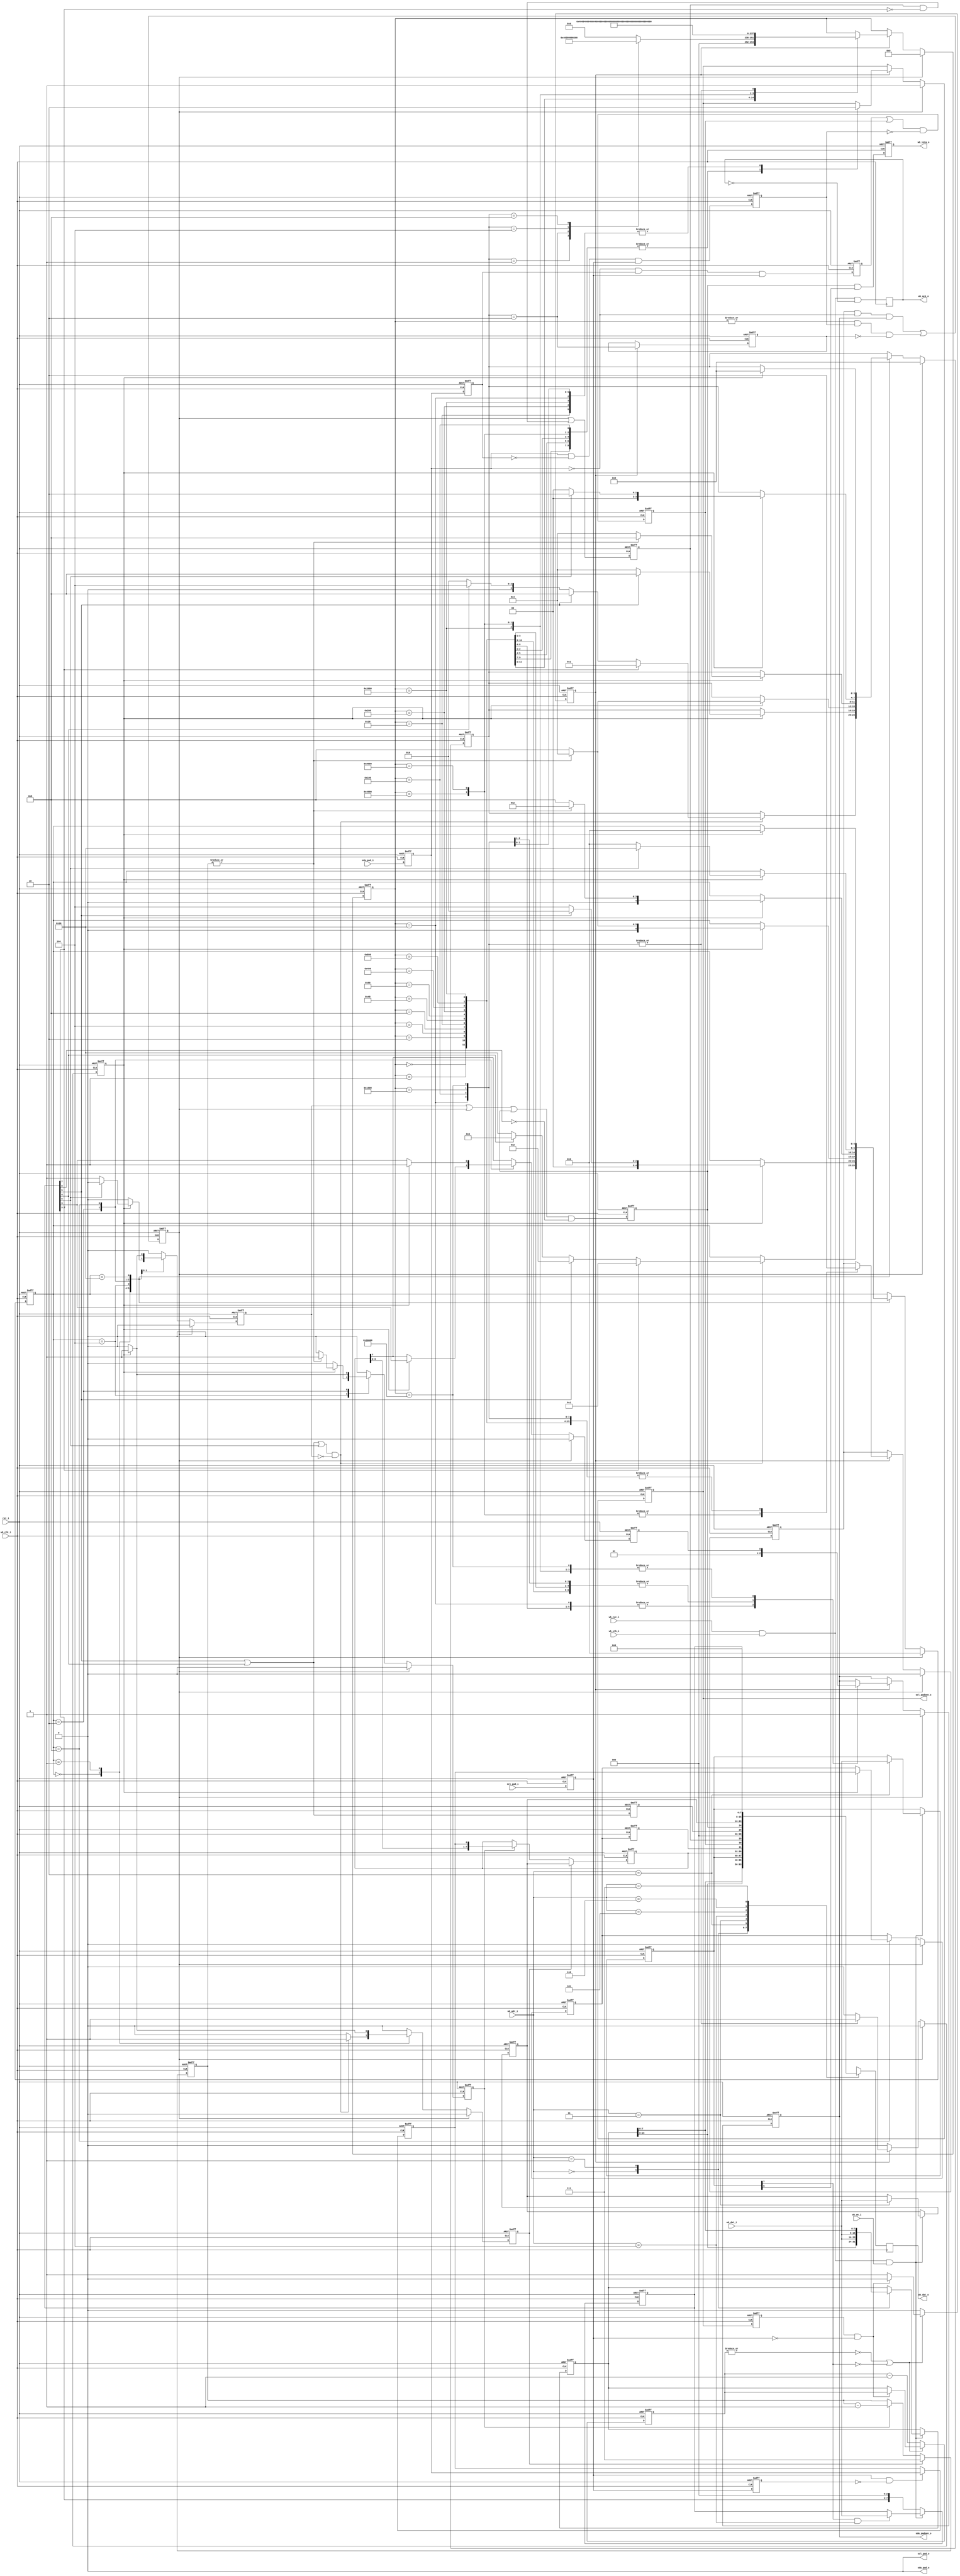
module i2c_master_top(
        wb_clk_i,
        rst_i,
        wb_adr_i,
        wb_dat_i,
        wb_dat_o,
        wb_we_i,
        wb_stb_i,
        wb_cyc_i,
        wb_ack_o,
        wb_inta_o,
        scl_pad_i,
        scl_pad_o,
        scl_padoen_o,
        sda_pad_i,
        sda_pad_o,
        sda_padoen_o
    );
    parameter [4:0]byte_controller_ST_IDLE  = 5'b0_0000;
    parameter [4:0]byte_controller_ST_START  = 5'b0_0001;
    parameter [4:0]byte_controller_ST_READ  = 5'b0_0010;
    parameter [4:0]byte_controller_ST_WRITE  = 5'b0_0100;
    parameter [4:0]byte_controller_ST_ACK  = 5'b0_1000;
    parameter [4:0]byte_controller_ST_STOP  = 5'b1_0000;
    parameter [16:0]byte_controller_bit_controller_idle  = 17'b0_0000_0000_0000_0000;
    parameter [16:0]byte_controller_bit_controller_start_a  = 17'b0_0000_0000_0000_0001;
    parameter [16:0]byte_controller_bit_controller_start_b  = 17'b0_0000_0000_0000_0010;
    parameter [16:0]byte_controller_bit_controller_start_c  = 17'b0_0000_0000_0000_0100;
    parameter [16:0]byte_controller_bit_controller_start_d  = 17'b0_0000_0000_0000_1000;
    parameter [16:0]byte_controller_bit_controller_start_e  = 17'b0_0000_0000_0001_0000;
    parameter [16:0]byte_controller_bit_controller_stop_a  = 17'b0_0000_0000_0010_0000;
    parameter [16:0]byte_controller_bit_controller_stop_b  = 17'b0_0000_0000_0100_0000;
    parameter [16:0]byte_controller_bit_controller_stop_c  = 17'b0_0000_0000_1000_0000;
    parameter [16:0]byte_controller_bit_controller_stop_d  = 17'b0_0000_0001_0000_0000;
    parameter [16:0]byte_controller_bit_controller_rd_a  = 17'b0_0000_0010_0000_0000;
    parameter [16:0]byte_controller_bit_controller_rd_b  = 17'b0_0000_0100_0000_0000;
    parameter [16:0]byte_controller_bit_controller_rd_c  = 17'b0_0000_1000_0000_0000;
    parameter [16:0]byte_controller_bit_controller_rd_d  = 17'b0_0001_0000_0000_0000;
    parameter [16:0]byte_controller_bit_controller_wr_a  = 17'b0_0010_0000_0000_0000;
    parameter [16:0]byte_controller_bit_controller_wr_b  = 17'b0_0100_0000_0000_0000;
    parameter [16:0]byte_controller_bit_controller_wr_c  = 17'b0_1000_0000_0000_0000;
    parameter [16:0]byte_controller_bit_controller_wr_d  = 17'b1_0000_0000_0000_0000;
    input wb_clk_i;
    input rst_i;
    input [2:0]wb_adr_i;
    input [7:0]wb_dat_i;
    output [7:0]wb_dat_o;
    input wb_we_i;
    input wb_stb_i;
    input wb_cyc_i;
    output wb_ack_o;
    output wb_inta_o;
    input scl_pad_i;
    output scl_pad_o;
    output scl_padoen_o;
    input sda_pad_i;
    output sda_pad_o;
    output sda_padoen_o;
    reg [7:0]wb_dat_o;
    reg wb_ack_o;
    reg wb_inta_o;
    reg [15:0]prer;
    reg [7:0]ctr;
    reg [7:0]txr;
    reg [7:0]cr;
    reg rxack;
    reg tip;
    reg irq_flag;
    wire i2c_busy;
    reg al;
    wire wb_wacc = ( ( wb_cyc_i & wb_stb_i ) & wb_we_i );
    wire sta = cr[7];
    wire sto = cr[6];
    wire rd = cr[5];
    wire wr = cr[4];
    wire ack = cr[3];
    wire iack = cr[0];
    wire [7:0]byte_controller_dout;
    wire byte_controller_i2c_busy;
    wire byte_controller_i2c_al;
    reg byte_controller_cmd_ack;
    reg byte_controller_ack_out;
    reg [3:0]byte_controller_core_cmd;
    reg byte_controller_core_txd;
    reg [7:0]byte_controller_sr;
    reg byte_controller_shift;
    reg byte_controller_ld;
    reg [2:0]byte_controller_dcnt;
    reg [4:0]byte_controller_c_state;
    reg byte_controller_target;
    wire byte_controller_bit_controller_scl_o;
    wire byte_controller_bit_controller_sda_o;
    reg byte_controller_bit_controller_cmd_ack;
    reg byte_controller_bit_controller_busy;
    reg byte_controller_bit_controller_al;
    reg byte_controller_bit_controller_dout;
    reg byte_controller_bit_controller_scl_oen;
    reg byte_controller_bit_controller_sda_oen;
    reg byte_controller_bit_controller_sSCL;
    reg byte_controller_bit_controller_sSDB;
    reg byte_controller_bit_controller_dscl_oen;
    reg byte_controller_bit_controller_sda_chk;
    reg byte_controller_bit_controller_clk_en;
    reg [15:0]byte_controller_bit_controller_cnt;
    reg [16:0]byte_controller_bit_controller_c_state;
    reg byte_controller_bit_controller_dSCL;
    reg byte_controller_bit_controller_dSDA;
    reg byte_controller_bit_controller_sta_condition;
    reg byte_controller_bit_controller_sto_condition;
    reg byte_controller_bit_controller_cmd_stop;
    always @ (  posedge wb_clk_i)
    begin
        wb_ack_o <= #1 ( ( wb_cyc_i & wb_stb_i ) &  ~( wb_ack_o) );
    end
    always @ (  posedge wb_clk_i)
    begin
        case ( wb_adr_i ) 
        3'b000:
        begin
            wb_dat_o <= #1 prer[7:0];
        end
        3'b001:
        begin
            wb_dat_o <= #1 prer[15:8];
        end
        3'b010:
        begin
            wb_dat_o <= #1 ctr;
        end
        3'b011:
        begin
            wb_dat_o <= #1 byte_controller_dout;
        end
        3'b100:
        begin
            wb_dat_o <= #1 { rxack, i2c_busy, al, 3'h0, tip, irq_flag };
        end
        3'b101:
        begin
            wb_dat_o <= #1 txr;
        end
        3'b110:
        begin
            wb_dat_o <= #1 cr;
        end
        3'b111:
        begin
            wb_dat_o <= #1 0;
        end
        endcase
    end
    always @ (  posedge wb_clk_i or  negedge rst_i)
    begin
        if (  !( rst_i) ) 
        begin
            prer <= #1 16'hffff;
            ctr <= #1 8'h0;
            txr <= #1 8'h0;
        end
        else
        begin 
            if ( wb_wacc ) 
            begin
                case ( wb_adr_i ) 
                3'b000:
                begin
                    prer <= #1 { prer[15:8], wb_dat_i };
                end
                3'b001:
                begin
                    prer <= #1 { wb_dat_i, prer[7:0] };
                end
                3'b010:
                begin
                    ctr <= #1 wb_dat_i;
                end
                3'b011:
                begin
                    txr <= #1 wb_dat_i;
                end
                endcase
            end
        end
    end
    always @ (  posedge wb_clk_i or  negedge rst_i)
    begin
        if (  ~( rst_i) ) 
        begin
            cr <= #1 8'h0;
        end
        else
        begin 
            if ( wb_wacc ) 
            begin
                if ( ctr[7] & ( wb_adr_i == 3'b100 ) ) 
                begin
                    cr <= #1 wb_dat_i;
                end
            end
            else
            begin 
                if ( byte_controller_cmd_ack | byte_controller_i2c_al ) 
                begin
                    cr <= #1 { 4'h0, cr[3:0] };
                end
                cr <= #1 { cr[7:3], 3'b0 };
            end
        end
    end
    always @ (  posedge wb_clk_i or  negedge rst_i)
    begin
        if (  !( rst_i) ) 
        begin
            al <= #1 1'b0;
            rxack <= #1 1'b0;
            tip <= #1 1'b0;
            irq_flag <= #1 1'b0;
        end
        else
        begin 
            al <= #1 ( byte_controller_i2c_al | ( al &  ~( sta) ) );
            rxack <= #1 byte_controller_ack_out;
            tip <= #1 ( rd | wr );
            irq_flag <= #1 ( ( ( byte_controller_cmd_ack | byte_controller_i2c_al ) | irq_flag ) &  ~( iack) );
        end
    end
    always @ (  posedge wb_clk_i or  negedge rst_i)
    begin
        if (  !( rst_i) ) 
        begin
            wb_inta_o <= #1 1'b0;
        end
        else
        begin 
            wb_inta_o <= #1 ( irq_flag && ctr[6] );
        end
    end
    assign i2c_busy = byte_controller_bit_controller_busy;
    assign scl_pad_o = 1'b0;
    assign scl_padoen_o = byte_controller_bit_controller_scl_oen;
    assign sda_pad_o = 1'b0;
    assign sda_padoen_o = byte_controller_bit_controller_sda_oen;
    assign byte_controller_i2c_busy = byte_controller_bit_controller_busy;
    assign byte_controller_i2c_al = byte_controller_bit_controller_al;
    always @ (  posedge wb_clk_i or  negedge rst_i)
    begin
        if (  ~( rst_i) ) 
        begin
            byte_controller_bit_controller_dscl_oen <= 1'b0;
        end
        else
        begin 
            byte_controller_bit_controller_dscl_oen <= byte_controller_bit_controller_scl_oen;
        end
    end
    always @ (  posedge wb_clk_i or  negedge rst_i)
    begin
        if (  ~( rst_i) ) 
        begin
            byte_controller_bit_controller_cnt <= 16'h0;
            byte_controller_bit_controller_clk_en <= 1'b1;
        end
        else
        begin 
            if (  ~|( byte_controller_bit_controller_cnt) ||  ~( ctr[7]) ) 
            begin
                if (  ~( ( byte_controller_bit_controller_dscl_oen &&  !( byte_controller_bit_controller_sSCL) )) ) 
                begin
                    byte_controller_bit_controller_cnt <= prer;
                    byte_controller_bit_controller_clk_en <= 1'b1;
                end
                else
                begin 
                    byte_controller_bit_controller_cnt <= byte_controller_bit_controller_cnt;
                    byte_controller_bit_controller_clk_en <= 1'b0;
                end
            end
            else
            begin 
                byte_controller_bit_controller_cnt <= ( byte_controller_bit_controller_cnt - 16'h1 );
                byte_controller_bit_controller_clk_en <= 1'b0;
            end
        end
    end
    always @ (  posedge wb_clk_i or  negedge rst_i)
    begin
        if (  ~( rst_i) ) 
        begin
            byte_controller_bit_controller_sSCL <= 1'b1;
            byte_controller_bit_controller_sSDB <= 1'b1;
            byte_controller_bit_controller_dSCL <= 1'b1;
            byte_controller_bit_controller_dSDA <= 1'b1;
        end
        else
        begin 
            byte_controller_bit_controller_sSCL <= scl_pad_i;
            byte_controller_bit_controller_sSDB <= sda_pad_i;
            byte_controller_bit_controller_dSCL <= byte_controller_bit_controller_sSCL;
            byte_controller_bit_controller_dSDA <= byte_controller_bit_controller_sSDB;
        end
    end
    always @ (  posedge wb_clk_i or  negedge rst_i)
    begin
        if (  ~( rst_i) ) 
        begin
            byte_controller_bit_controller_sta_condition <= 1'b0;
            byte_controller_bit_controller_sto_condition <= 1'b0;
        end
        else
        begin 
            byte_controller_bit_controller_sta_condition <= ( (  ~( byte_controller_bit_controller_sSDB) & byte_controller_bit_controller_dSDA ) & byte_controller_bit_controller_sSCL );
            byte_controller_bit_controller_sto_condition <= ( ( byte_controller_bit_controller_sSDB &  ~( byte_controller_bit_controller_dSDA) ) & byte_controller_bit_controller_sSCL );
        end
    end
    always @ (  posedge wb_clk_i or  negedge rst_i)
    begin
        if (  !( rst_i) ) 
        begin
            byte_controller_bit_controller_busy <= 1'b0;
        end
        else
        begin 
            byte_controller_bit_controller_busy <= ( ( byte_controller_bit_controller_sta_condition | byte_controller_bit_controller_busy ) &  ~( byte_controller_bit_controller_sto_condition) );
        end
    end
    always @ (  posedge wb_clk_i or  negedge rst_i)
    begin
        if (  ~( rst_i) ) 
        begin
            byte_controller_bit_controller_cmd_stop <= 1'b0;
        end
        else
        begin 
            if ( byte_controller_bit_controller_clk_en ) 
            begin
                byte_controller_bit_controller_cmd_stop <= ( byte_controller_core_cmd == 4'b0010 );
            end
        end
    end
    always @ (  posedge wb_clk_i or  negedge rst_i)
    begin
        if (  ~( rst_i) ) 
        begin
            byte_controller_bit_controller_al <= 1'b0;
        end
        else
        begin 
            byte_controller_bit_controller_al <= ( ( ( byte_controller_bit_controller_sda_chk &  ~( byte_controller_bit_controller_sSDB) ) & byte_controller_bit_controller_sda_oen ) | ( (  |( byte_controller_bit_controller_c_state) & byte_controller_bit_controller_sto_condition ) &  ~( byte_controller_bit_controller_cmd_stop) ) );
        end
    end
    always @ (  posedge wb_clk_i or  negedge rst_i)
    begin
        if (  ~( rst_i) ) 
        begin
            byte_controller_bit_controller_dout <= 1'b0;
        end
        else
        begin 
            if ( byte_controller_bit_controller_sSCL &  ~( byte_controller_bit_controller_dSCL) ) 
            begin
                byte_controller_bit_controller_dout <= byte_controller_bit_controller_sSDB;
            end
        end
    end
    always @ (  posedge wb_clk_i or  negedge rst_i)
    begin
        if (  !( rst_i) ) 
        begin
            byte_controller_bit_controller_c_state <= byte_controller_bit_controller_idle;
            byte_controller_bit_controller_cmd_ack <= 1'b0;
            byte_controller_bit_controller_scl_oen <= 1'b1;
            byte_controller_bit_controller_sda_oen <= 1'b1;
            byte_controller_bit_controller_sda_chk <= 1'b0;
        end
        else
        begin 
            if ( byte_controller_bit_controller_al ) 
            begin
                byte_controller_bit_controller_c_state <= byte_controller_bit_controller_idle;
                byte_controller_bit_controller_cmd_ack <= 1'b0;
                byte_controller_bit_controller_scl_oen <= 1'b1;
                byte_controller_bit_controller_sda_oen <= 1'b1;
                byte_controller_bit_controller_sda_chk <= 1'b0;
            end
            else
            begin 
                byte_controller_bit_controller_cmd_ack <= 1'b0;
                if ( byte_controller_bit_controller_clk_en ) 
                begin
                    case ( byte_controller_bit_controller_c_state ) 
                    byte_controller_bit_controller_idle:
                    begin
                        case ( byte_controller_core_cmd ) 
                        4'b0001:
                        begin
                            byte_controller_bit_controller_c_state <= byte_controller_bit_controller_start_a;
                        end
                        4'b0010:
                        begin
                            byte_controller_bit_controller_c_state <= byte_controller_bit_controller_stop_a;
                        end
                        4'b0100:
                        begin
                            byte_controller_bit_controller_c_state <= byte_controller_bit_controller_wr_a;
                        end
                        4'b1000:
                        begin
                            byte_controller_bit_controller_c_state <= byte_controller_bit_controller_rd_a;
                        end
                        default :
                        begin
                            byte_controller_bit_controller_c_state <= byte_controller_bit_controller_idle;
                        end
                        endcase
                        byte_controller_bit_controller_scl_oen <= byte_controller_bit_controller_scl_oen;
                        byte_controller_bit_controller_sda_oen <= byte_controller_bit_controller_sda_oen;
                        byte_controller_bit_controller_sda_chk <= 1'b0;
                    end
                    byte_controller_bit_controller_start_a:
                    begin
                        byte_controller_bit_controller_c_state <= byte_controller_bit_controller_start_b;
                        byte_controller_bit_controller_scl_oen <= byte_controller_bit_controller_scl_oen;
                        byte_controller_bit_controller_sda_oen <= 1'b1;
                        byte_controller_bit_controller_sda_chk <= 1'b0;
                    end
                    byte_controller_bit_controller_start_b:
                    begin
                        byte_controller_bit_controller_c_state <= byte_controller_bit_controller_start_c;
                        byte_controller_bit_controller_scl_oen <= 1'b1;
                        byte_controller_bit_controller_sda_oen <= 1'b1;
                        byte_controller_bit_controller_sda_chk <= 1'b0;
                    end
                    byte_controller_bit_controller_start_c:
                    begin
                        byte_controller_bit_controller_c_state <= byte_controller_bit_controller_start_d;
                        byte_controller_bit_controller_scl_oen <= 1'b1;
                        byte_controller_bit_controller_sda_oen <= 1'b0;
                        byte_controller_bit_controller_sda_chk <= 1'b0;
                    end
                    byte_controller_bit_controller_start_d:
                    begin
                        byte_controller_bit_controller_c_state <= byte_controller_bit_controller_start_e;
                        byte_controller_bit_controller_scl_oen <= 1'b1;
                        byte_controller_bit_controller_sda_oen <= 1'b0;
                        byte_controller_bit_controller_sda_chk <= 1'b0;
                    end
                    byte_controller_bit_controller_start_e:
                    begin
                        byte_controller_bit_controller_c_state <= byte_controller_bit_controller_idle;
                        byte_controller_bit_controller_cmd_ack <= 1'b1;
                        byte_controller_bit_controller_scl_oen <= 1'b0;
                        byte_controller_bit_controller_sda_oen <= 1'b0;
                        byte_controller_bit_controller_sda_chk <= 1'b0;
                    end
                    byte_controller_bit_controller_stop_a:
                    begin
                        byte_controller_bit_controller_c_state <= byte_controller_bit_controller_stop_b;
                        byte_controller_bit_controller_scl_oen <= 1'b0;
                        byte_controller_bit_controller_sda_oen <= 1'b0;
                        byte_controller_bit_controller_sda_chk <= 1'b0;
                    end
                    byte_controller_bit_controller_stop_b:
                    begin
                        byte_controller_bit_controller_c_state <= byte_controller_bit_controller_stop_c;
                        byte_controller_bit_controller_scl_oen <= 1'b1;
                        byte_controller_bit_controller_sda_oen <= 1'b0;
                        byte_controller_bit_controller_sda_chk <= 1'b0;
                    end
                    byte_controller_bit_controller_stop_c:
                    begin
                        byte_controller_bit_controller_c_state <= byte_controller_bit_controller_stop_d;
                        byte_controller_bit_controller_scl_oen <= 1'b1;
                        byte_controller_bit_controller_sda_oen <= 1'b0;
                        byte_controller_bit_controller_sda_chk <= 1'b0;
                    end
                    byte_controller_bit_controller_stop_d:
                    begin
                        byte_controller_bit_controller_c_state <= byte_controller_bit_controller_idle;
                        byte_controller_bit_controller_cmd_ack <= 1'b1;
                        byte_controller_bit_controller_scl_oen <= 1'b1;
                        byte_controller_bit_controller_sda_oen <= 1'b1;
                        byte_controller_bit_controller_sda_chk <= 1'b0;
                    end
                    byte_controller_bit_controller_rd_a:
                    begin
                        byte_controller_bit_controller_c_state <= byte_controller_bit_controller_rd_b;
                        byte_controller_bit_controller_scl_oen <= 1'b0;
                        byte_controller_bit_controller_sda_oen <= 1'b1;
                        byte_controller_bit_controller_sda_chk <= 1'b0;
                    end
                    byte_controller_bit_controller_rd_b:
                    begin
                        byte_controller_bit_controller_c_state <= byte_controller_bit_controller_rd_c;
                        byte_controller_bit_controller_scl_oen <= 1'b1;
                        byte_controller_bit_controller_sda_oen <= 1'b1;
                        byte_controller_bit_controller_sda_chk <= 1'b0;
                    end
                    byte_controller_bit_controller_rd_c:
                    begin
                        byte_controller_bit_controller_c_state <= byte_controller_bit_controller_rd_d;
                        byte_controller_bit_controller_scl_oen <= 1'b1;
                        byte_controller_bit_controller_sda_oen <= 1'b1;
                        byte_controller_bit_controller_sda_chk <= 1'b0;
                    end
                    byte_controller_bit_controller_rd_d:
                    begin
                        byte_controller_bit_controller_c_state <= byte_controller_bit_controller_idle;
                        byte_controller_bit_controller_cmd_ack <= 1'b1;
                        byte_controller_bit_controller_scl_oen <= 1'b0;
                        byte_controller_bit_controller_sda_oen <= 1'b1;
                        byte_controller_bit_controller_sda_chk <= 1'b0;
                    end
                    byte_controller_bit_controller_wr_a:
                    begin
                        byte_controller_bit_controller_c_state <= byte_controller_bit_controller_wr_b;
                        byte_controller_bit_controller_scl_oen <= 1'b0;
                        byte_controller_bit_controller_sda_oen <= byte_controller_core_txd;
                        byte_controller_bit_controller_sda_chk <= 1'b0;
                    end
                    byte_controller_bit_controller_wr_b:
                    begin
                        byte_controller_bit_controller_c_state <= byte_controller_bit_controller_wr_c;
                        byte_controller_bit_controller_scl_oen <= 1'b1;
                        byte_controller_bit_controller_sda_oen <= byte_controller_core_txd;
                        byte_controller_bit_controller_sda_chk <= 1'b1;
                    end
                    byte_controller_bit_controller_wr_c:
                    begin
                        byte_controller_bit_controller_c_state <= byte_controller_bit_controller_wr_d;
                        byte_controller_bit_controller_scl_oen <= 1'b1;
                        byte_controller_bit_controller_sda_oen <= byte_controller_core_txd;
                        byte_controller_bit_controller_sda_chk <= 1'b1;
                    end
                    byte_controller_bit_controller_wr_d:
                    begin
                        byte_controller_bit_controller_c_state <= byte_controller_bit_controller_idle;
                        byte_controller_bit_controller_cmd_ack <= 1'b1;
                        byte_controller_bit_controller_scl_oen <= 1'b0;
                        byte_controller_bit_controller_sda_oen <= byte_controller_core_txd;
                        byte_controller_bit_controller_sda_chk <= 1'b0;
                    end
                    endcase
                end
            end
        end
    end
    assign byte_controller_dout = byte_controller_sr;
    always @ (  posedge wb_clk_i or  negedge rst_i)
    begin
        if (  !( rst_i) ) 
        begin
            byte_controller_sr <= 8'h0;
        end
        else
        begin 
            if ( byte_controller_ld ) 
            begin
                byte_controller_sr <= txr;
            end
            else
            begin 
                if ( byte_controller_shift ) 
                begin
                    byte_controller_sr <= { byte_controller_sr[6:0], byte_controller_bit_controller_dout };
                end
            end
        end
    end
    always @ (  posedge wb_clk_i or  negedge rst_i)
    begin
        if (  !( rst_i) ) 
        begin
            byte_controller_dcnt <= 3'h0;
        end
        else
        begin 
            if ( byte_controller_ld ) 
            begin
                byte_controller_dcnt <= 3'h7;
            end
            else
            begin 
                if ( byte_controller_shift ) 
                begin
                    byte_controller_dcnt <= ( byte_controller_dcnt - 3'h1 );
                end
            end
        end
    end
    always @ (  posedge wb_clk_i or  negedge rst_i)
    begin
        if (  !( rst_i) ) 
        begin
            byte_controller_core_cmd <= 4'b0000;
            byte_controller_core_txd <= 1'b0;
            byte_controller_shift <= 1'b0;
            byte_controller_ld <= 1'b0;
            byte_controller_cmd_ack <= 1'b0;
            byte_controller_c_state <= byte_controller_ST_IDLE;
            byte_controller_ack_out <= 1'b0;
        end
        else
        begin 
            if ( byte_controller_bit_controller_al ) 
            begin
                byte_controller_core_cmd <= 4'b0000;
                byte_controller_core_txd <= 1'b0;
                byte_controller_shift <= 1'b0;
                byte_controller_ld <= 1'b0;
                byte_controller_cmd_ack <= 1'b0;
                byte_controller_c_state <= byte_controller_ST_IDLE;
                byte_controller_ack_out <= 1'b0;
            end
            else
            begin 
                byte_controller_core_txd <= byte_controller_sr[7];
                byte_controller_shift <= 1'b0;
                byte_controller_ld <= 1'b0;
                byte_controller_cmd_ack <= 1'b0;
                case ( byte_controller_c_state ) 
                byte_controller_ST_IDLE:
                begin
                    if ( ( ( rd | wr ) | sto ) &  ~( byte_controller_cmd_ack) ) 
                    begin
                        if ( sta ) 
                        begin
                            byte_controller_target <= 1;
                            byte_controller_c_state <= byte_controller_ST_START;
                            byte_controller_core_cmd <= 4'b0001;
                        end
                        else
                        begin 
                            if ( rd ) 
                            begin
                                byte_controller_c_state <= byte_controller_ST_READ;
                                byte_controller_core_cmd <= 4'b1000;
                            end
                            else
                            begin 
                                if ( wr ) 
                                begin
                                    byte_controller_c_state <= byte_controller_ST_WRITE;
                                    byte_controller_core_cmd <= 4'b0100;
                                end
                                else
                                begin 
                                    byte_controller_c_state <= byte_controller_ST_STOP;
                                    byte_controller_core_cmd <= 4'b0010;
                                end
                            end
                        end
                        byte_controller_ld <= 1'b1;
                    end
                end
                byte_controller_ST_START:
                begin
                    if ( byte_controller_bit_controller_cmd_ack ) 
                    begin
                        if ( rd ) 
                        begin
                            byte_controller_c_state <= byte_controller_ST_READ;
                            byte_controller_core_cmd <= 4'b1000;
                        end
                        else
                        begin 
                            byte_controller_c_state <= byte_controller_ST_WRITE;
                            byte_controller_core_cmd <= 4'b0100;
                        end
                        byte_controller_ld <= 1'b1;
                    end
                end
                byte_controller_ST_WRITE:
                begin
                    if ( byte_controller_bit_controller_cmd_ack ) 
                    begin
                        if (  ~(  |( byte_controller_dcnt)) ) 
                        begin
                            byte_controller_c_state <= byte_controller_ST_ACK;
                            byte_controller_core_cmd <= 4'b1000;
                        end
                        else
                        begin 
                            byte_controller_c_state <= byte_controller_ST_WRITE;
                            byte_controller_core_cmd <= 4'b0100;
                            byte_controller_shift <= 1'b1;
                        end
                    end
                end
                byte_controller_ST_READ:
                begin
                    if ( byte_controller_bit_controller_cmd_ack ) 
                    begin
                        if (  ~(  |( byte_controller_dcnt)) ) 
                        begin
                            byte_controller_c_state <= byte_controller_ST_ACK;
                            byte_controller_core_cmd <= 4'b0100;
                        end
                        else
                        begin 
                            byte_controller_c_state <= byte_controller_ST_READ;
                            byte_controller_core_cmd <= 4'b1000;
                        end
                        byte_controller_shift <= 1'b1;
                        byte_controller_core_txd <= ack;
                    end
                end
                byte_controller_ST_ACK:
                begin
                    if ( byte_controller_bit_controller_cmd_ack ) 
                    begin
                        if ( sto ) 
                        begin
                            byte_controller_c_state <= byte_controller_ST_STOP;
                            byte_controller_core_cmd <= 4'b0010;
                        end
                        else
                        begin 
                            byte_controller_c_state <= byte_controller_ST_IDLE;
                            byte_controller_core_cmd <= 4'b0000;
                            byte_controller_cmd_ack <= 1'b1;
                        end
                        byte_controller_ack_out <= byte_controller_bit_controller_dout;
                        byte_controller_core_txd <= 1'b1;
                    end
                    else
                    begin 
                        byte_controller_core_txd <= ack;
                    end
                end
                byte_controller_ST_STOP:
                begin
                    if ( byte_controller_bit_controller_cmd_ack ) 
                    begin
                        byte_controller_c_state <= byte_controller_ST_IDLE;
                        byte_controller_core_cmd <= 4'b0000;
                        byte_controller_cmd_ack <= 1'b1;
                    end
                end
                endcase
            end
        end
    end
endmodule